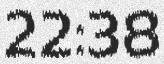
22:38